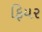
ફિયર